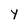
Character: Y